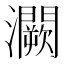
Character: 灍